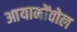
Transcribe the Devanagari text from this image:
आयामोंवोल